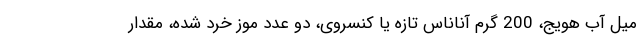
میل آب هویج، 200 گرم آناناس تازه یا کنسروی، دو عدد موز خرد شده، مقدار